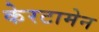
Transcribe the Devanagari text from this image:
केरटामेन